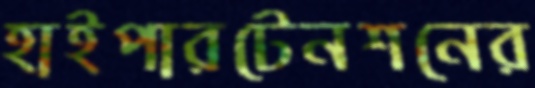
হাইপারটেনশনের